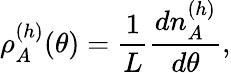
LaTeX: \rho_{A}^{(h)}(\theta)=\frac{1}{L}\frac{dn_{A}^{(h)}}{d\theta},